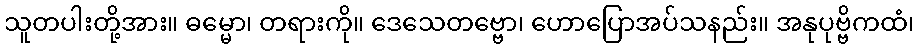
သူတပါးတို့အား။ ဓမ္မော၊ တရားကို။ ဒေသေတဗ္ဗော၊ ဟောပြောအပ်သနည်း။ အနုပုဗ္ဗိကထံ၊